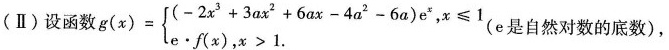
(Ⅱ) 设函数 $$g ( x ) = \begin { cases }